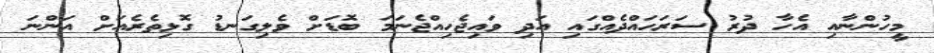
މީހުންނާއި އެހާ ދުރު ސަރަހައްދެއްގައި އަދި ވައިޖެހިއްޖެނަމަ ބޮޑަށް ވެލިގަނޑު ގޮޅިތެރެއަށް އަންނަ